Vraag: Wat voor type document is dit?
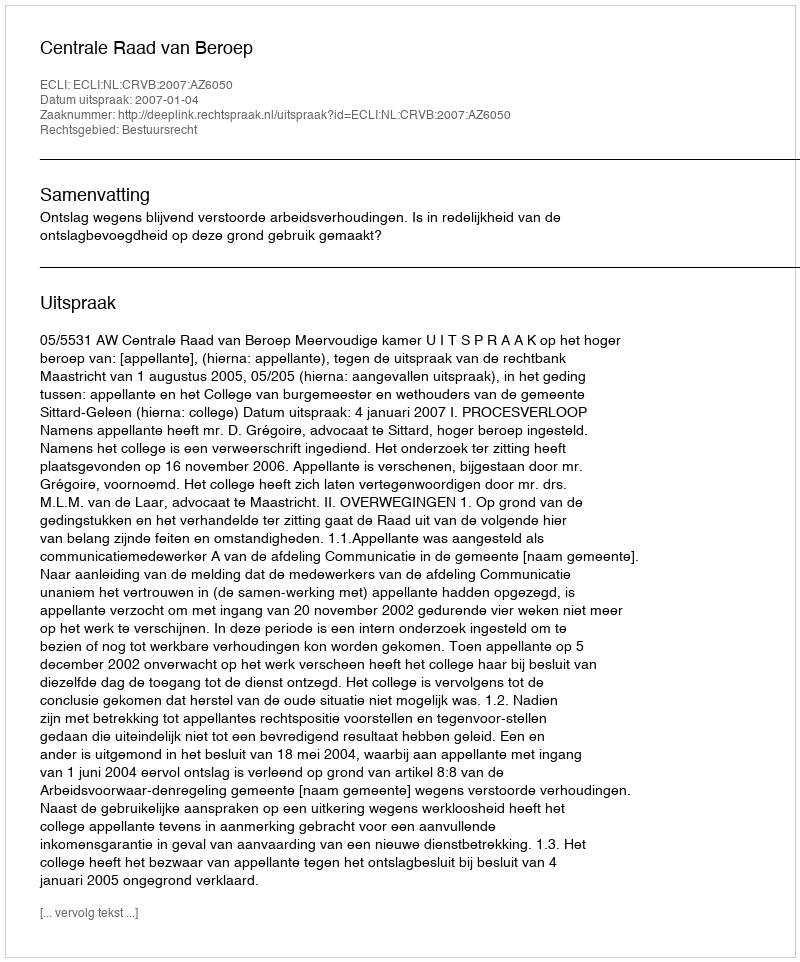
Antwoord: Uitspraak